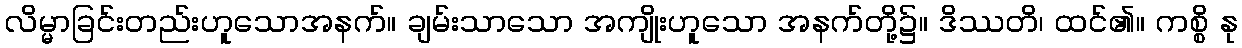
လိမ္မာခြင်းတည်းဟူသောအနက်။ ချမ်းသာသော အကျိုးဟူသော အနက်တို့၌။ ဒိဿတိ၊ ထင်၏။ ကစ္စိ နု